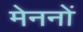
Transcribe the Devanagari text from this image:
मेननों